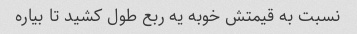
نسبت به قیمتش خوبه یه ربع طول کشید تا بیاره